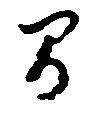
間